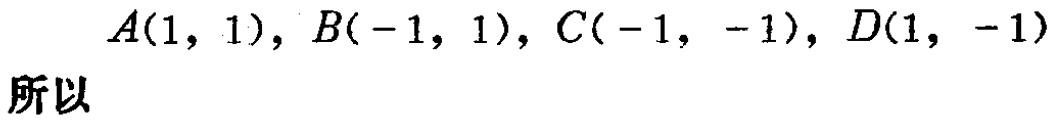
\(A(1,1),B(-1,1),C(-1,-1),D(1,-1)\)所以